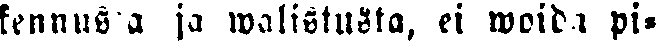
kennuksia ja walistusta, ei woida pi-